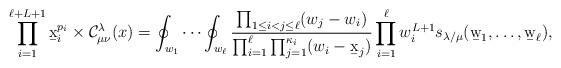
LaTeX: \begin{align*}\prod_{i=1}^{\ell+L+1} \b{x}_i^{p_i}\times\mathcal{C}^{\lambda}_{\mu\nu}(x)=\oint_{w_1}\cdots\oint_{w_\ell}\frac{\prod_{1 \leq i<j \leq \ell}(w_j - w_i)}{\prod_{i=1}^{\ell}\prod_{j=1}^{\kappa_i}(w_i - \b{x}_j)}\prod_{i=1}^{\ell}w_i^{L+1}s_{\lambda/\mu}(\b{w}_1,\dots,\b{w}_\ell),\end{align*}